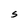
Character: S